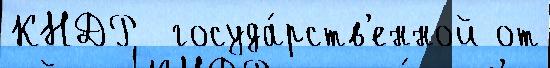
КНДР  госуда́рств'енной от